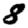
Digit: 8